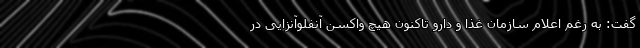
گفت: به رغم اعلام سازمان غذا و دارو تاکنون هیچ واکسن آنفلوآنزایی در